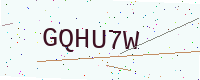
Text: GQHU7W